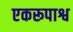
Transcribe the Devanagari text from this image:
एकरूपाश्व